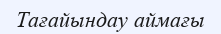
Тағайындау аймағы